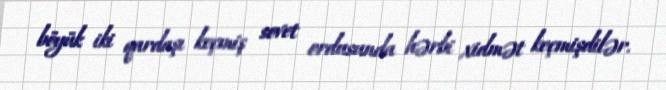
böyük iki qardaşı keçmiş sovet ordusunda hərbi xidmət keçmişdilər.